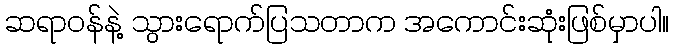
ဆရာဝန်နဲ့ သွားရောက်ပြသတာက အကောင်းဆုံးဖြစ်မှာပါ။